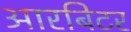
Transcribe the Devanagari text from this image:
आरबिटर